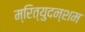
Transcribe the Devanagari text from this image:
म्रित्युदन्शम